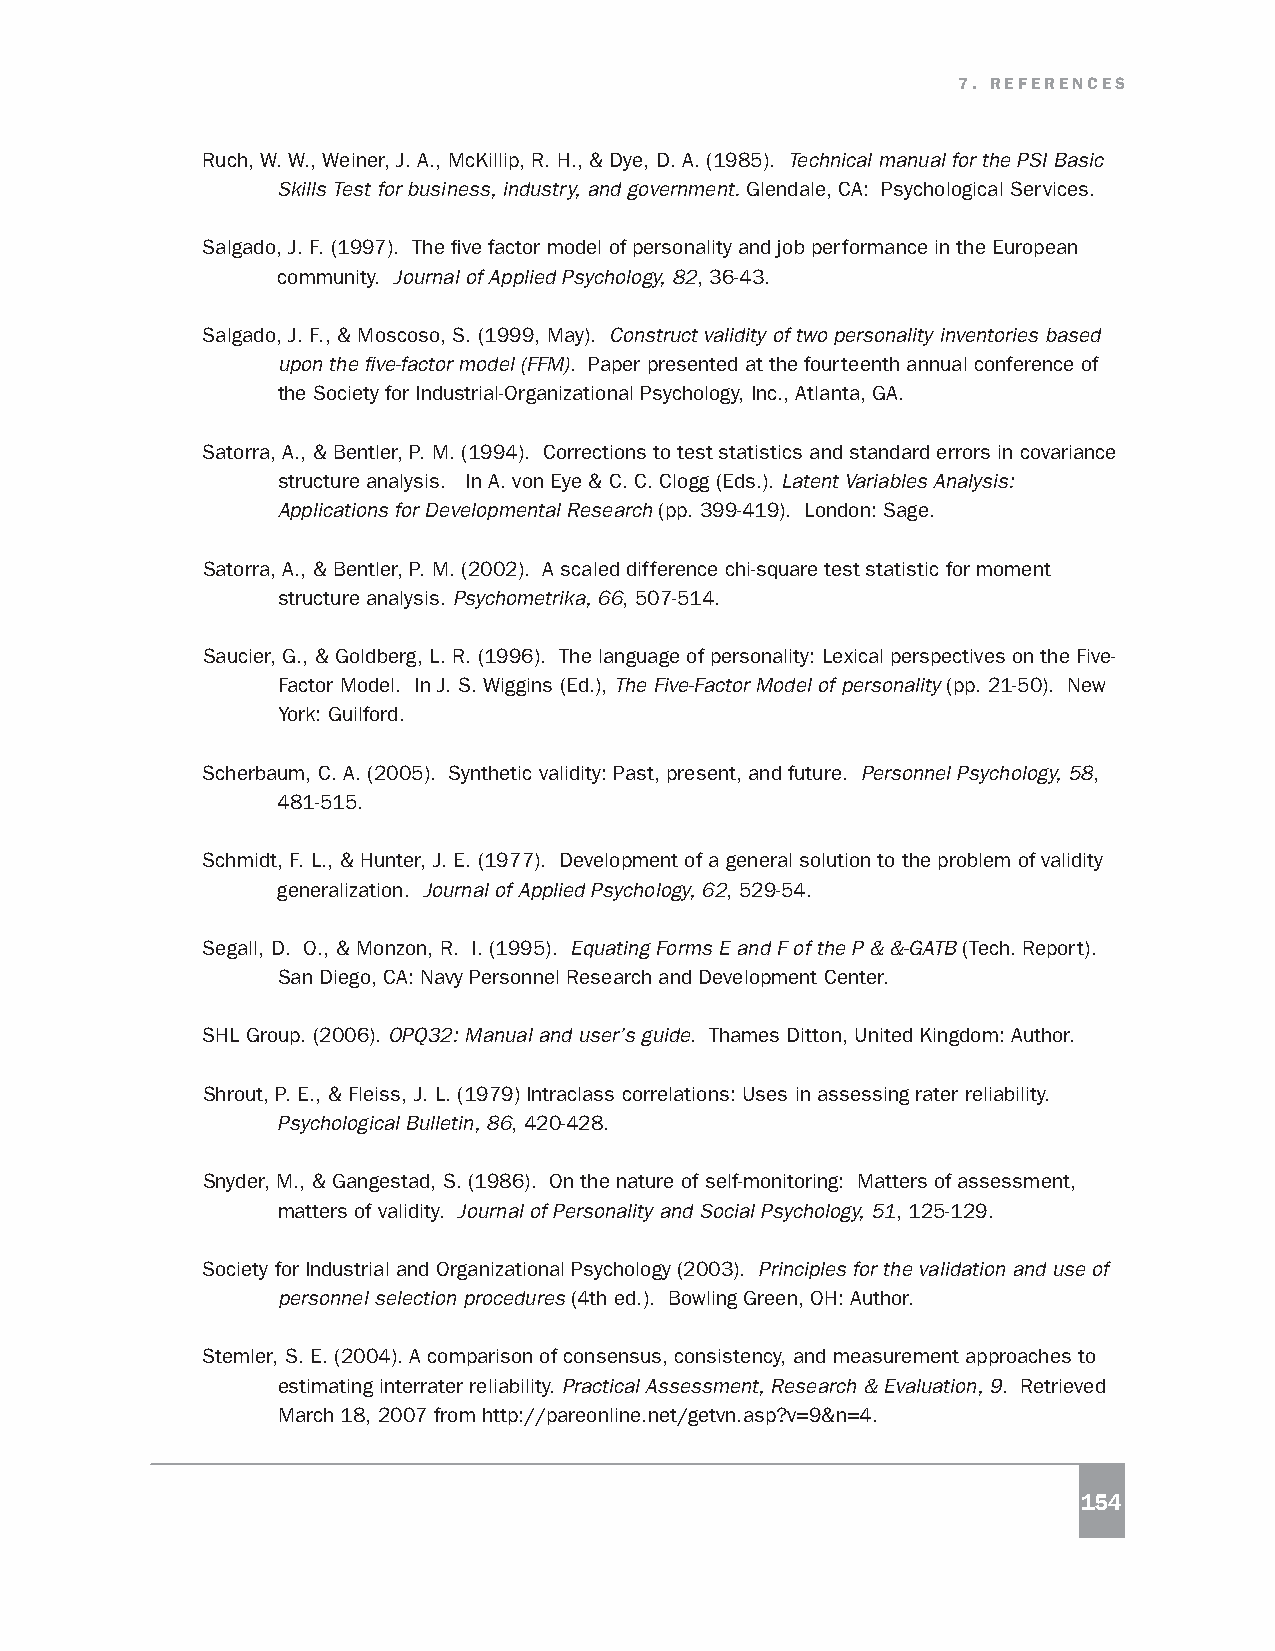
7. REFERENCES
 Ruch, W. W., Weiner, J. A., McKillip, R. H., & Dye, D. A. (1985). Technical manual for the PSI Basic
 Skills Test for business, industry, and government. Glendale, CA: Psychological Services.
 Salgado, J. F. (1997). The five factor model of personality and job performance in the European
 community. Journal of Applied Psychology, 82, 36-43.
 Salgado, J. F., & Moscoso, S. (1999, May). Construct validity of two personality inventories based
 upon the five-factor model (FFM). Paper presented at the fourteenth annual conference of
 the Society for Industrial-Organizational Psychology, Inc., Atlanta, GA.
 Satorra, A., & Bentler, P. M. (1994). Corrections to test statistics and standard errors in covariance
 structure analysis. In A. von Eye & C. C. Clogg (Eds.). Latent Variables Analysis:
 Applications for Developmental Research (pp. 399-419). London: Sage.
 Satorra, A., & Bentler, P. M. (2002). A scaled difference chi-square test statistic for moment
 structure analysis. Psychometrika, 66, 507-514.
 Saucier, G., & Goldberg, L. R. (1996). The language of personality: Lexical perspectives on the Five-
 Factor Model. In J. S. Wiggins (Ed.), The Five-Factor Model of personality (pp. 21-50). New
 York: Guilford.
 Scherbaum, C. A. (2005). Synthetic validity: Past, present, and future. Personnel Psychology, 58,
 481-515.
 Schmidt, F. L., & Hunter, J. E. (1977). Development of a general solution to the problem of validity
 generalization. Journal of Applied Psychology, 62, 529-54.
 Segall, D. O., & Monzon, R. I. (1995). Equating Forms E and F of the P & &-GATB (Tech. Report).
 San Diego, CA: Navy Personnel Research and Development Center.
 SHL Group. (2006). OPQ32: Manual and user’s guide. Thames Ditton, United Kingdom: Author.
 Shrout, P. E., & Fleiss, J. L. (1979) Intraclass correlations: Uses in assessing rater reliability.
 Psychological Bulletin, 86, 420-428.
 Snyder, M., & Gangestad, S. (1986). On the nature of self-monitoring: Matters of assessment,
 matters of validity. Journal of Personality and Social Psychology, 51, 125-129.
 Society for Industrial and Organizational Psychology (2003). Principles for the validation and use of
 personnel selection procedures (4th ed.). Bowling Green, OH: Author.
 Stemler, S. E. (2004). A comparison of consensus, consistency, and measurement approaches to
 estimating interrater reliability. Practical Assessment, Research & Evaluation, 9. Retrieved
 March 18, 2007 from http://pareonline.net/getvn.asp?v=9&n=4.
 154